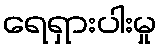
ရေရှားပါးမှု